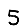
Digit: 5